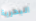
البحرية